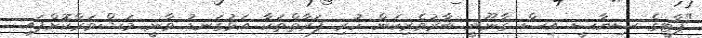
"ޕާޓީގެ ސިޔާސީ އިސް ގާނޫނީ ބާރުވެރިކަން ހުރި ފަރާތްތަކާ އަޅުގަނޑު ވާނީ މަޝްވަރާކޮށްފައި.